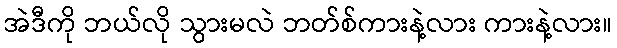
အဲဒီကို ဘယ်လို သွားမလဲ ဘတ်စ်ကားနဲ့လား ကားနဲ့လား။